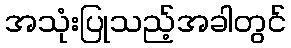
အသုံးပြုသည့်အခါတွင်